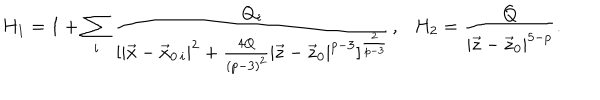
H _ { 1 } = 1 + \sum _ { i } { \frac { Q _ { i } } { [ | \vec { x } - \vec { x } _ { 0 \, i } | ^ { 2 } + { \frac { 4 Q } { ( p - 3 ) ^ { 2 } } } | \vec { z } - \vec { z } _ { 0 } | ^ { p - 3 } ] ^ { \frac { 2 } { p - 3 } } } } , \ \ \ H _ { 2 } = { \frac { Q } { | \vec { z } - \vec { z } _ { 0 } | ^ { 5 - p } } } .